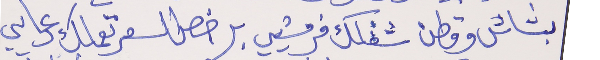
بشاش وقطن شفلك فرمشيي     برخص السعر تعملك دعايي